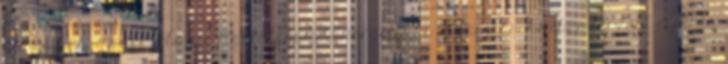
címe: Nem megfelelő a szigetelésem? Energetikai tanúsítás Közbeszerzési eljárás